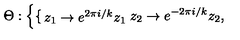
\Theta : \left\{ \begin{cases} { z _ { 1 } \to e ^ { 2 \pi i / k } z _ { 1 } } \\ { z _ { 2 } \to e ^ { - 2 \pi i / k } z _ { 2 } , } \\ \end{cases} \right.